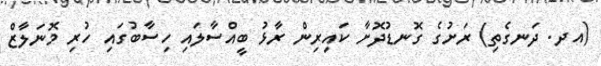
(އދ. ދަނގެތި) ރަށުގެ ގޮނޑުދޮށާ ކައިރިން ރާޅު ބީއްސާލައި ހިސާބުގައި ހުރި މޮނަލާޒް